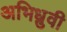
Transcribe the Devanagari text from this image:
अभिध्रुवी